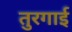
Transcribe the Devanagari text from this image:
तुरगाई